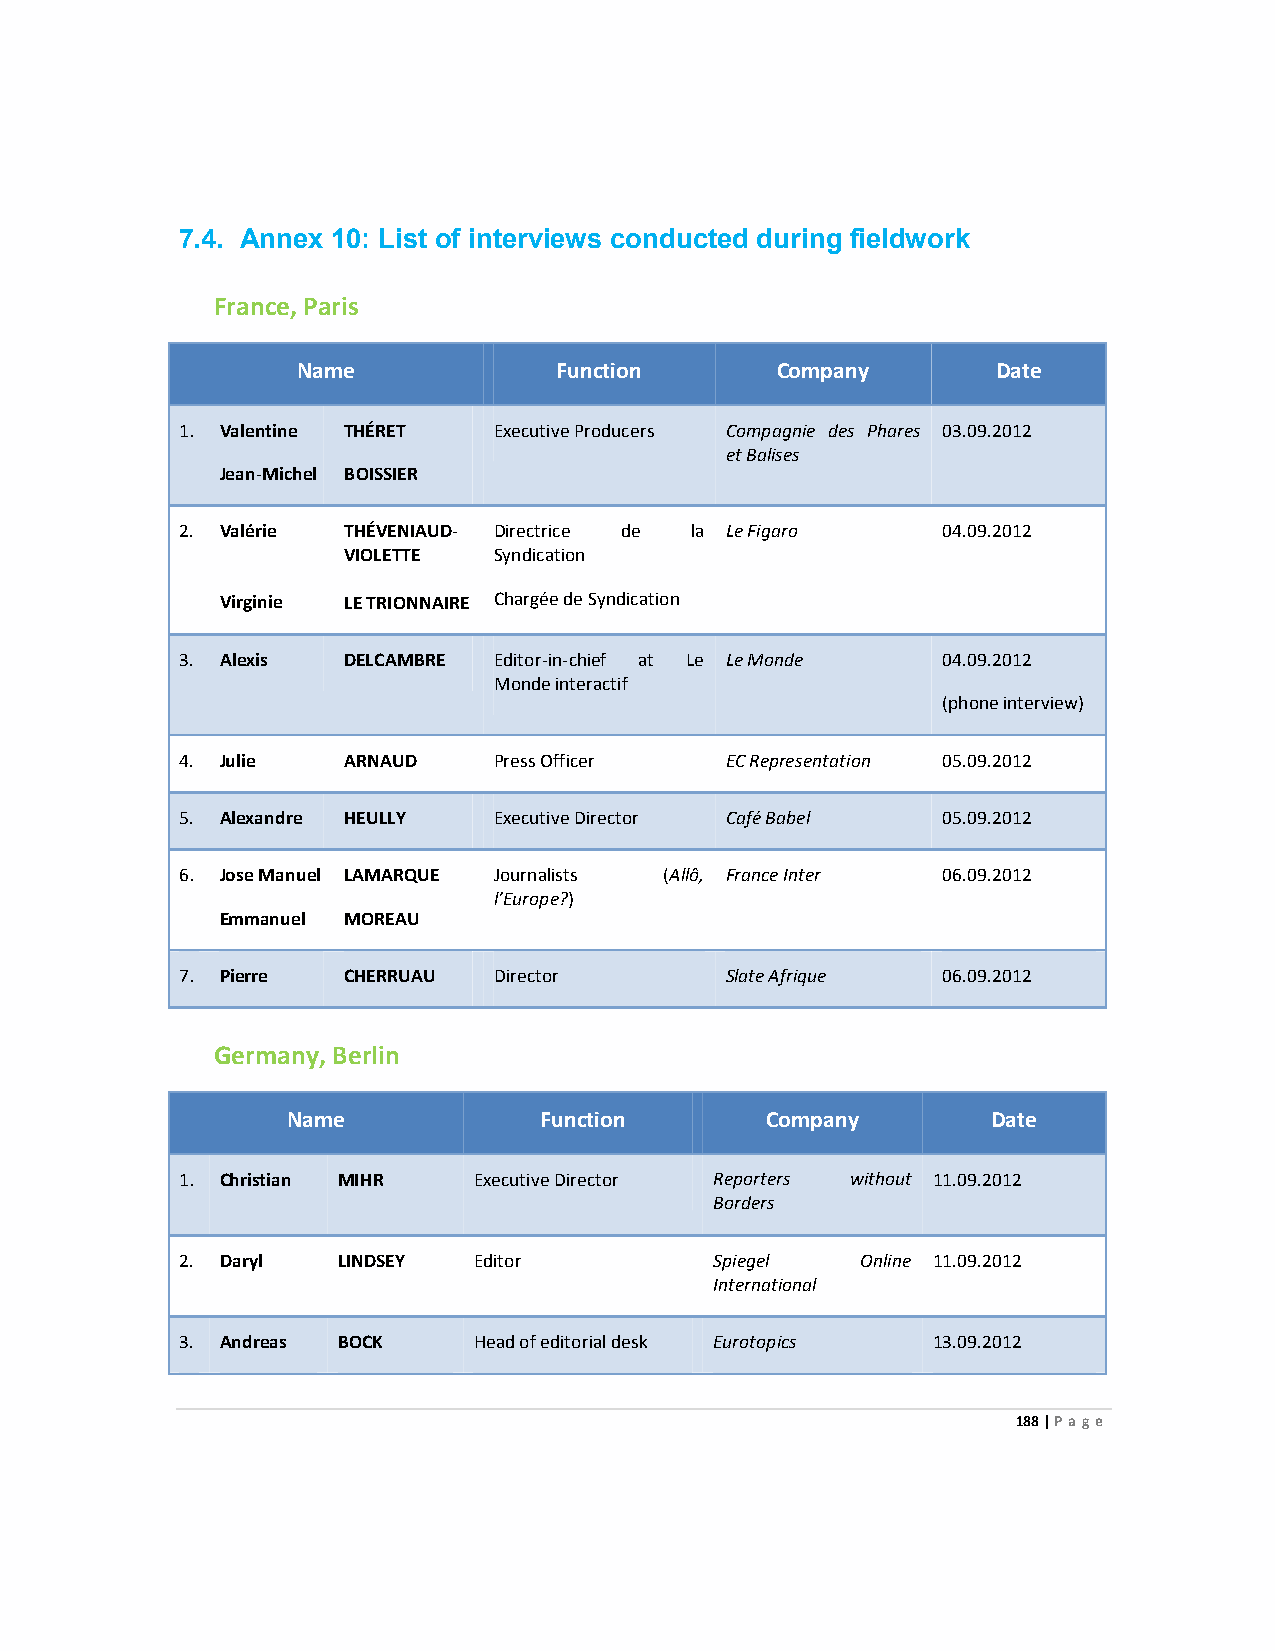
7.4. Annex 10: List of interviews conducted during fieldwork
 France, Paris
 Name             Function      Company        Date
 1. Valentine THÉRET  Executive Producers Compagnie des Phares 03.09.2012
 et Balises
 Jean-Michel BOISSIER
 2. Valérie THÉVENIAUD- Directrice de la Le Figaro 04.09.2012
 VIOLETTE  Syndication
 Virginie LE TRIONNAIRE Chargée de Syndication
 3. Alexis  DELCAMBRE Editor-in-chief at Le Le Monde 04.09.2012
 Monde interactif
 (phone interview)
 4. Julie   ARNAUD    Press Officer  EC Representation 05.09.2012
 5. Alexandre HEULLY  Executive Director Café Babel 05.09.2012
 6. Jose Manuel LAMARQUE Journalists (Allô, France Inter 06.09.2012
 l’Europe?)
 Emmanuel MOREAU
 7. Pierre  CHERRUAU  Director       Slate Afrique 06.09.2012
 Germany, Berlin
 Name             Function       Company        Date
 1. Christian MIHR  Executive Director Reporters without 11.09.2012
 Borders
 2. Daryl  LINDSEY  Editor          Spiegel   Online 11.09.2012
 International
 3. Andreas BOCK    Head of editorial desk Eurotopics 13.09.2012
 188 | Page